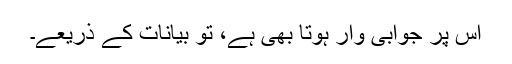
اس پر جوابی وار ہوتا بھی ہے، تو بیانات کے ذریعے۔